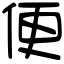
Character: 便